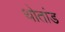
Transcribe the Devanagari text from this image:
थोतांड